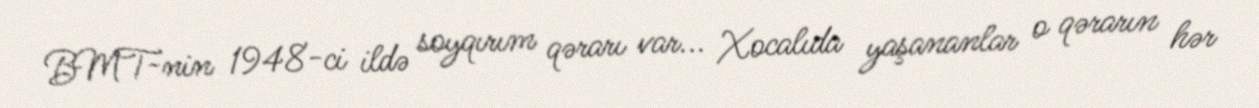
BMT-nin 1948-ci ildə soyqırım qərarı var... Xocalıda yaşananlar o qərarın hər